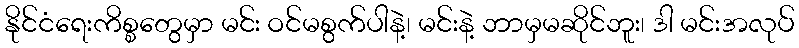
နိုင်ငံရေးကိစ္စတွေမှာ မင်း ဝင်မစွက်ပါနဲ့၊ မင်းနဲ့ ဘာမှမဆိုင်ဘူး၊ ဒါ မင်းအလုပ်